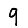
Digit: 9